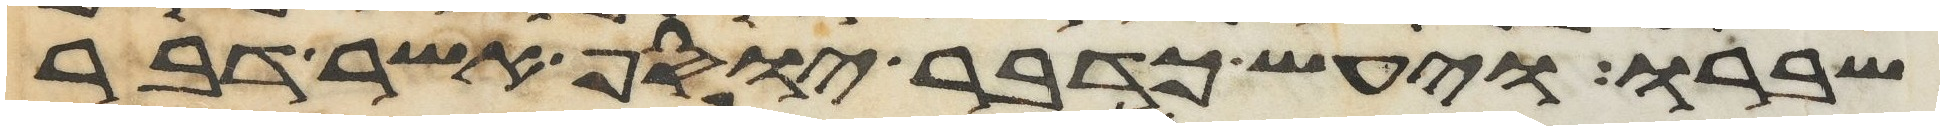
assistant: שברו ויעש כדבר יוסף אשר דבר